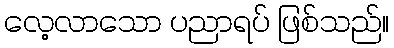
လေ့လာသော ပညာရပ် ဖြစ်သည်။